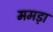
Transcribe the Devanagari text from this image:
ममड़ा